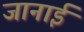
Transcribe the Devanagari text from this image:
जानाई